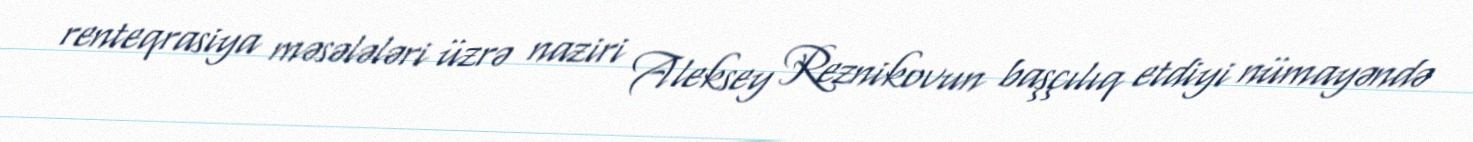
renteqrasiya məsələləri üzrə naziri Aleksey Reznikovun başçılıq etdiyi nümayəndə